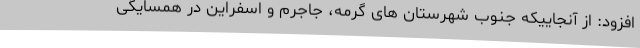
افزود: از آنجاییکه جنوب شهرستان های گرمه، جاجرم و اسفراین در همسایگی